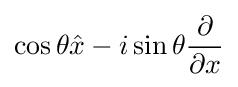
\cos \theta {\hat {x}}-i\sin \theta {\frac {\partial }{\partial x}}